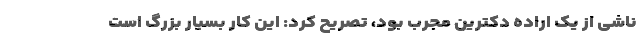
ناشی از یک اراده دکترین مجرب بود، تصریح کرد: این کار بسیار بزرگ است